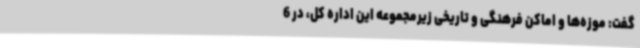
گفت: موزه‌ها و اماکن فرهنگی و تاریخی زیرمجموعه این اداره کل، در 6